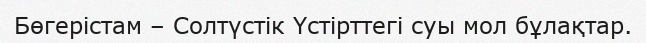
Бөгерістам – Солтүстік Үстірттегі суы мол бұлақтар.